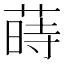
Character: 蒔